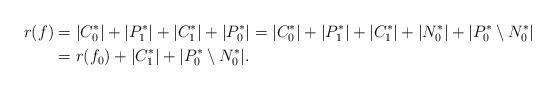
LaTeX: \begin{align*}r(f) & = |C_0^*| + |P_1^*| + |C_1^*| + |P_0^*| = |C_0^*| + |P_1^*| + |C_1^*| + |N_0^*| + |P_0^* \setminus N_0^*| \\ & = r(f_0) + |C_1^*| + |P_0^* \setminus N_0^*|.\end{align*}